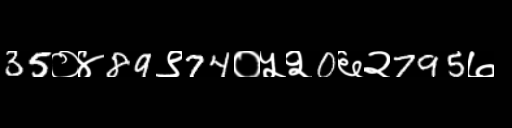
Text: 35०४89९74०५२0६२795७